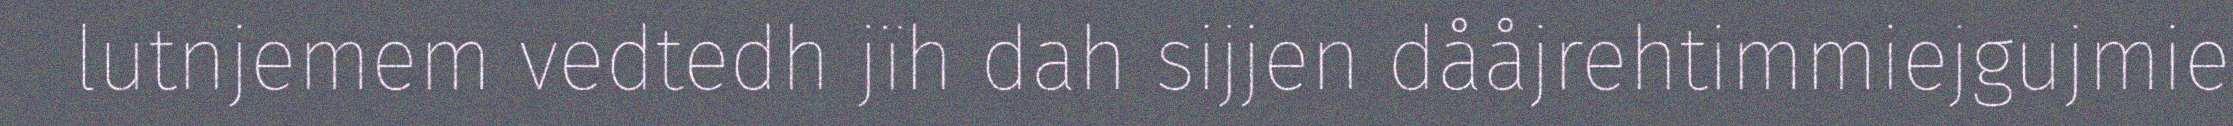
lutnjemem vedtedh jïh dah sijjen dååjrehtimmiejgujmie